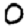
Digit: 0